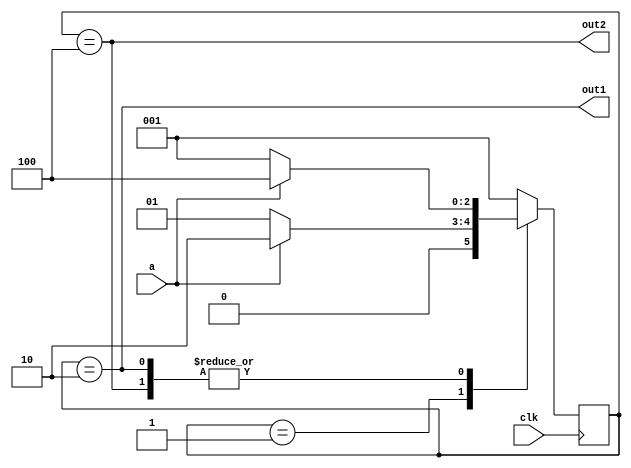
module fsm(clk, a, out1, out2);
  input  clk;
  input  a;
  output out1;
  output out2;
  
  reg [2:0] state;

  // State encodings
  parameter [2:0]
    IDLE    = 3'b001,
    STATE_1 = 3'b010,
    FINAL   = 3'b100;
    
  // State machine output
  assign out1 = (state == STATE_1);
  assign out2 = (state == FINAL);
  
  // State transitions
  always @(posedge clk) begin
    case (state)
      IDLE:
        if (a) begin
          state <= STATE_1;
        end else begin
          state <= IDLE;
        end
      STATE_1:
        if (a) begin
          state <= FINAL;
        end else begin
          state <= IDLE;
        end
      FINAL:
        if (a) begin
          state <= FINAL;
        end else begin
          state <= IDLE;
        end
      default:
        state <= IDLE;
    endcase
  end

endmodule